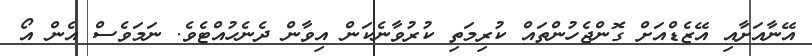
އޭނާއަށާއި އޭޒެޑްއަށް ގޮންޖެހުންތައް ކުރިމަތި ކުރުވާނެކަން އިވާން ދެނެހުއްޓެވެ. ނަމަވެސް އެން އޯ